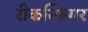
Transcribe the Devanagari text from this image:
रीकन्फिगर